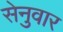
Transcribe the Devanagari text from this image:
सेनुवार